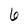
Character: 6